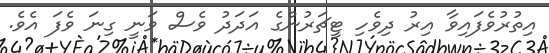
އިތުރުވެފައިވާ އިރު ދިވެހި ޓީޗަރުންގެ އަދަދު ވެސް ވަނީ ގިނަ ވެފަ އެވެ.